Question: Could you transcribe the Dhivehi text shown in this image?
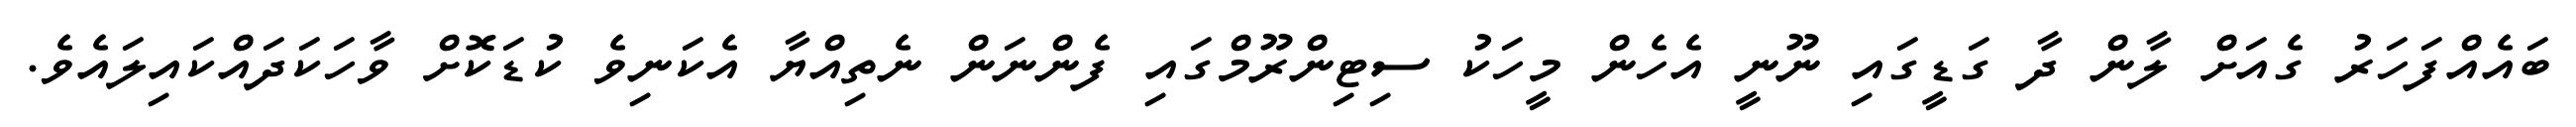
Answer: ބައެއްފަހަރު ގެއަށް ލާން ދާ ގަޑީގައި ނޫނީ އެހެން މީހަކު ސިޓިންރޫމްގައި ފެންނަން ނެތިއްޔާ އެކަނިވެ ކުޑަކޮށް ވާހަކަދައްކައިލައެވެ.